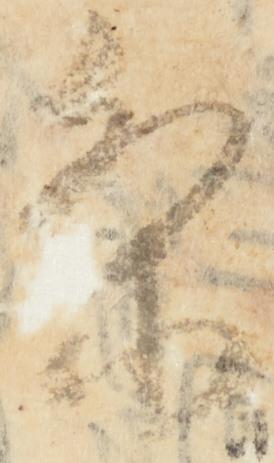
条